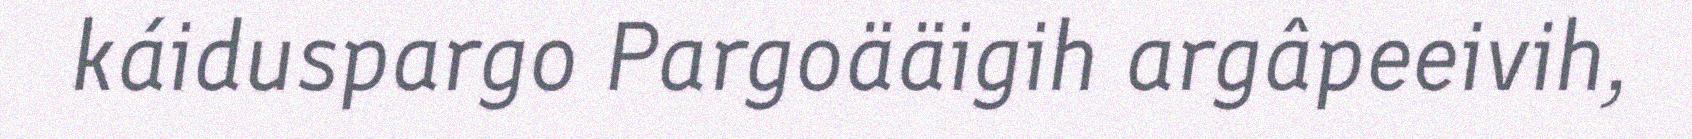
káiduspargo Pargoääigih argâpeeivih,